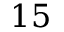
1 5